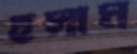
হুসাম